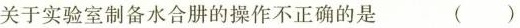
关于实验室制备水合肼的操作不正确的是 ()